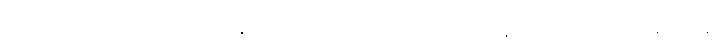
ကြုံတိုင်းလုပ်, အမြဲလုပ်လို့ နှိုးဆော်နေသလိုပါပဲဘုရား၊ ယနေ့သေမည်လား, မနက်ဖန်